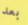
بعد